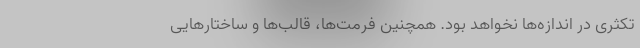
تکثری در اندازه‌ها نخواهد بود. همچنین فرمت‌ها، قالب‌ها و ساختارهایی